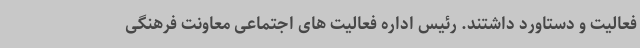
فعالیت و دستاورد داشتند. رئیس اداره فعالیت های اجتماعی معاونت فرهنگی